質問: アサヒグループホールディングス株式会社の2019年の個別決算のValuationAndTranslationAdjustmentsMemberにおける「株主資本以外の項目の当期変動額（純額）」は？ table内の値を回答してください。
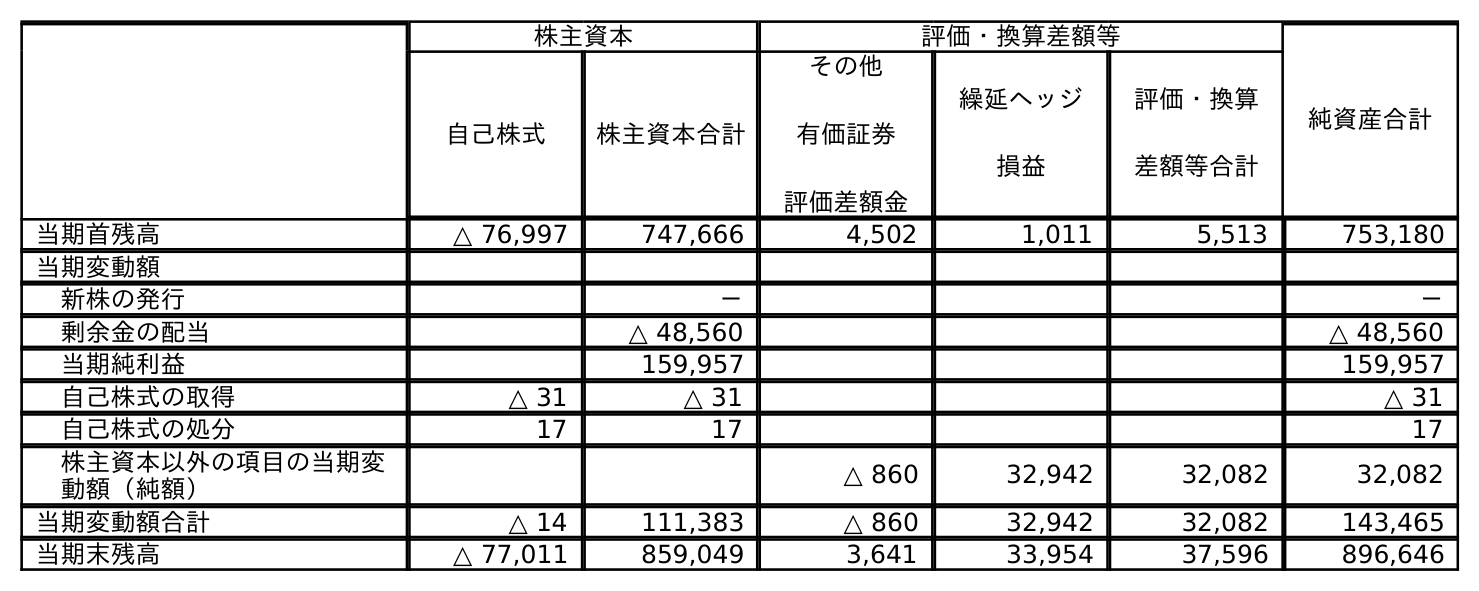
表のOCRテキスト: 株主資本 評価・換算差額等 純資産合計 自己株式 株主資本合計 その他 有価証券 評価差額金 繰延ヘッジ 損益 評価・換算 差額等合計 当期首残高 △ 76,997 747,666 4,502 1,011 5,513 753,180 当期変動額 新株の発行 － － 剰余金の配当 △ 48,560 △ 48,560 当期純利益 159,957 159,957 自己株式の取得 △ 31 △ 31 △ 31 自己株式の処分 17 17 17 株主資本以外の項目の当期変 動額（純額） △ 860 32,942 32,082 32,082 当期変動額合計 △ 14 111,383 △ 860 32,942 32,082 143,465 当期末残高 △ 77,011 859,049 3,641 33,954 37,596 896,646
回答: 32,082